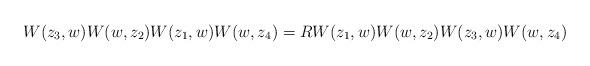
LaTeX: \begin{align*}W(z_3,w)W(w, z_2)W(z_1,w)W(w,z_4) =R W(z_1,w)W(w,z_2)W(z_3,w)W(w,z_4)\end{align*}